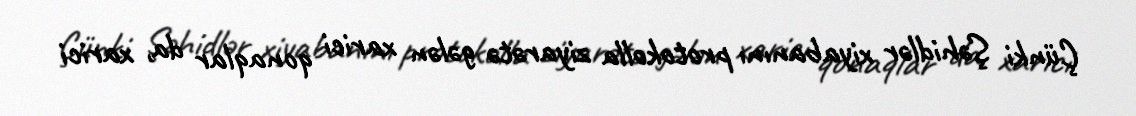
Çünki Şəhidlər xiyabanını protokolla ziyarətə gələn xarici qonaqlar da, xarici